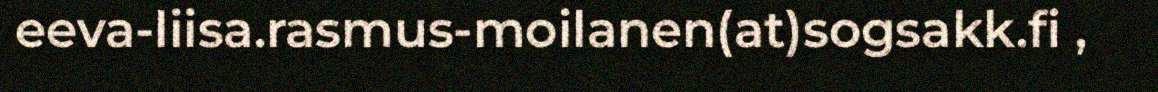
eeva-liisa.rasmus-moilanen(at)sogsakk.fi ,